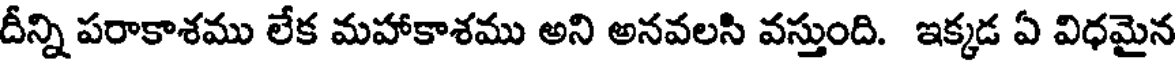
దీన్ని పరాకాశము లేక మహాకాశము అని అనవలసి వస్తుంది. ఇక్కడ ఏ విధమైన